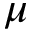
\mu